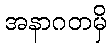
အနာဂတမှိ